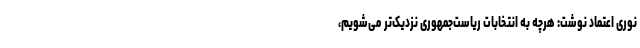
نوری اعتماد نوشت: هرچه به انتخابات ریاست‌جمهوری نزدیک‌تر می‌شویم،